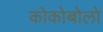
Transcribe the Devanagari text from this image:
कोकोबोलो